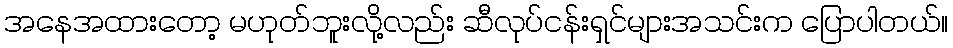
အနေအထားတော့ မဟုတ်ဘူးလို့လည်း ဆီလုပ်ငန်းရှင်များအသင်းက ပြောပါတယ်။